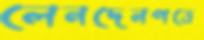
লেনদেনপত্রে